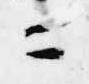
ニ